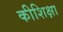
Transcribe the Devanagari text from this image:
कीशिक्षा